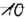
Text: 10